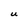
Character: U